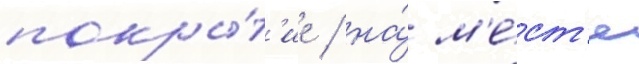
покры́т'ие / на́ м'е́ст'е